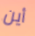
أين